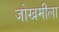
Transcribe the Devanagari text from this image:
जोखमीला